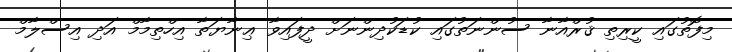
މިފޮތުގައި ކީރިތި ޤުރްއާނާ ސުންނަތުގައި ކުޑަކުދިންނަށް ދީފައިވާ ޢިނާޔަތާ އިހްތިމާމް އަދި އިސްލާމް